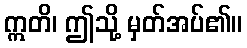
ဣတိ၊ ဤသို့ မှတ်အပ်၏။